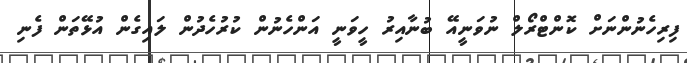
ފިރިހެނުންނަށް ކޮންޓްރޯލް ނުވަނީއޭ ބުނާއިރު ހީވަނީ އަންހެނުން ކުރުހެދުން ލައިގެން އުޅޭތަން ފެނި